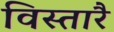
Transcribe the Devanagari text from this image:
विस्तारै